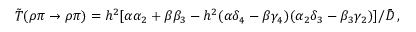
\tilde { T } ( \rho \pi \to \rho \pi ) = h ^ { 2 } [ \alpha \alpha _ { 2 } + \beta \beta _ { 3 } - h ^ { 2 } ( \alpha \delta _ { 4 } - \beta \gamma _ { 4 } ) ( \alpha _ { 2 } \delta _ { 3 } - \beta _ { 3 } \gamma _ { 2 } ) ] / \bar { D } \, ,